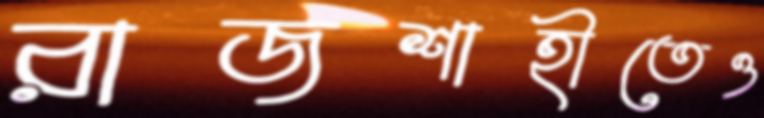
রাজশাহীতেও